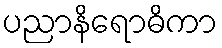
ပညာနိရောဓိကာ